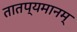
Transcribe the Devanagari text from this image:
तातप्यमानम्